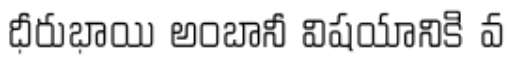
ధీరుభాయి అంబానీ విషయానికి వ